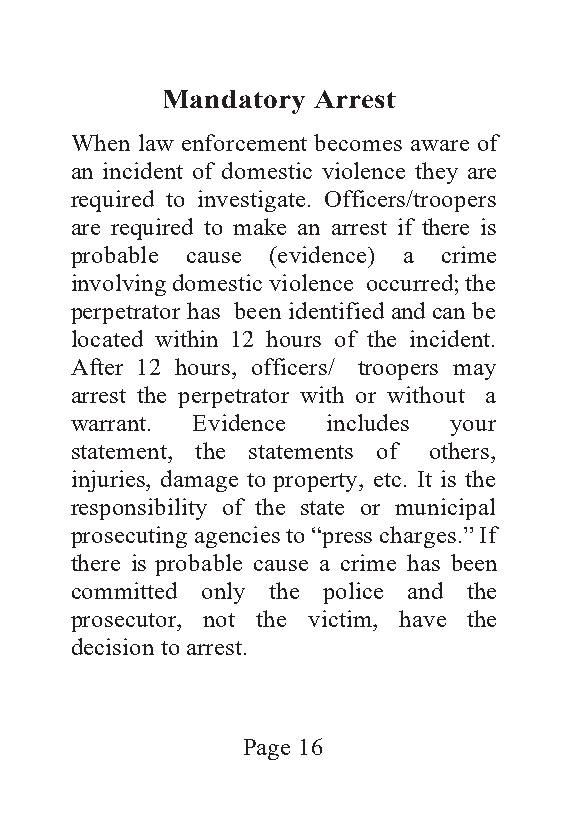
Mandatory Arrest
 When law enforcement becomes aware of
 an incident of domestic violence they are
 required to investigate. Officers/troopers
 are required to make an arrest if there is
 probable cause (evidence) a crime
 involving domestic violence occurred; the
 perpetrator has been identified and can be
 located within 12 hours of the incident.
 After 12 hours, officers/ troopers may
 arrest the perpetrator with or without a
 warrant. Evidence includes your
 statement, the statements of others,
 injuries, damage to property, etc. It is the
 responsibility of the state or municipal
 prosecuting agencies to “press charges.” If
 there is probable cause a crime has been
 committed only the police and the
 prosecutor, not the victim, have the
 decision to arrest.
 Page 16